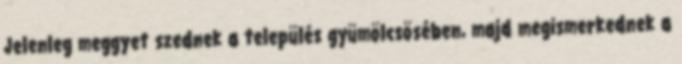
Jelenleg meggyet szednek a település gyümölcsösében, majd megismerkednek a